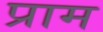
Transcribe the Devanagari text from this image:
प्राम